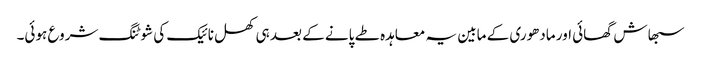
سبھاش گھائی اور مادھوری کے مابین یہ معاہدہ طے پانے کے بعد ہی کھل نائیک کی شوٹنگ شروع ہوئی۔